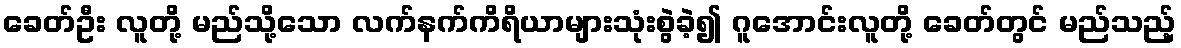
ခေတ်ဦး လူတို့ မည်သို့သော လက်နက်ကိရိယာများသုံးစွဲခဲ့၍ ဂူအောင်းလူတို့ ခေတ်တွင် မည်သည့်